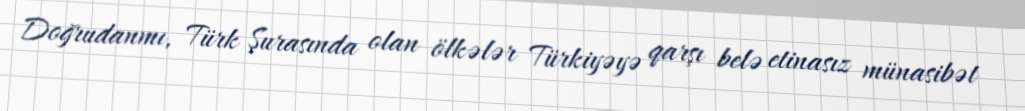
Doğrudanmı, Türk Şurasında olan ölkələr Türkiyəyə qarşı belə etinasız münasibət